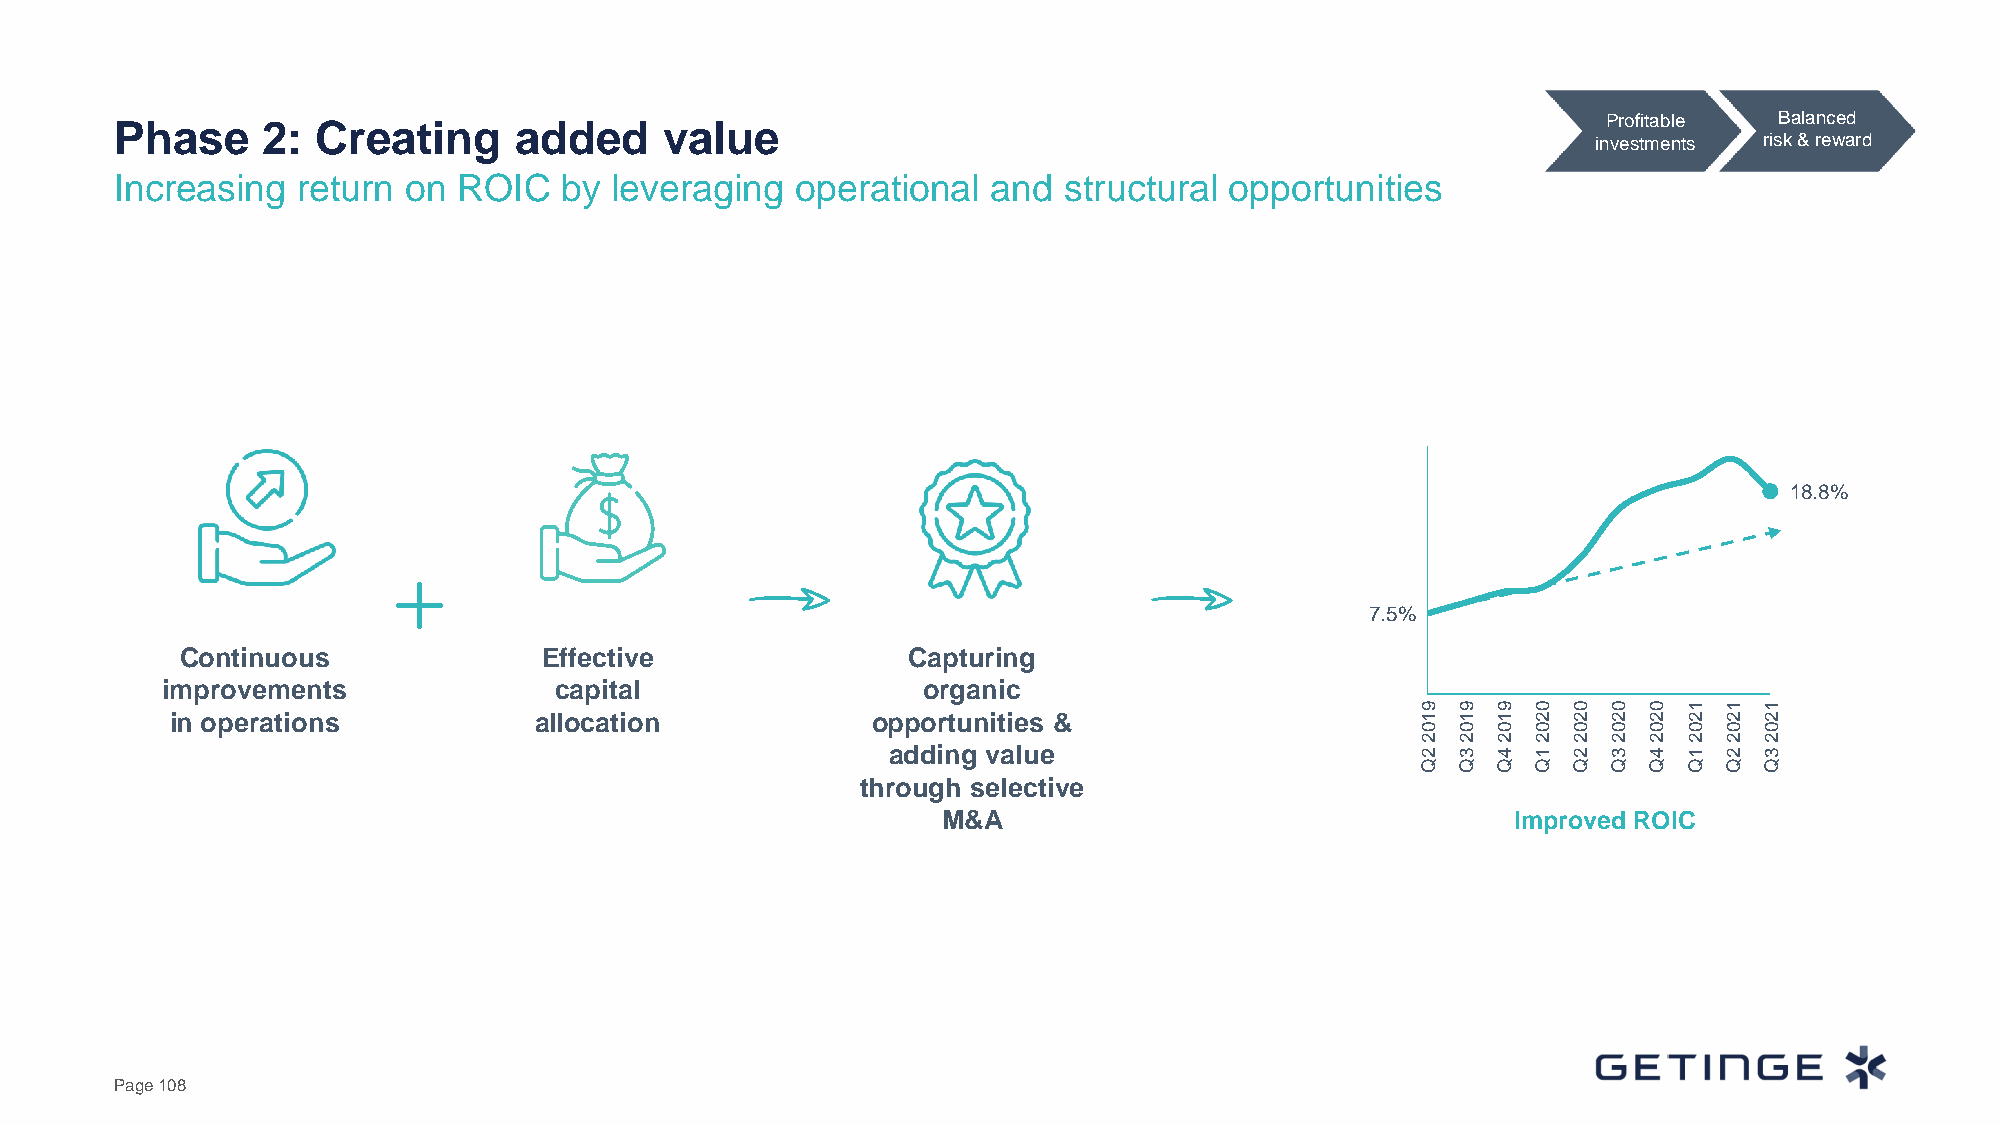
Phase    2:  Creating     added     value                                                         Profitable  Balanced
 investments risk & reward
 Increasing  return on ROIC   by  leveraging  operational  and structural opportunities
 18.8%
 7.5%
 Continuous              Effective               Capturing
 improvements              capital                 organic
 9 9  9  0 0  0 0  1 1  1
 in operations           allocation             opportunities &                     1 1  1  2 2  2 2  2 2  2
 0 0  0  0 0  0 0  0 0  0
 2 2  2  2 2  2 2  2 2  2
 adding value                       2 3  4  1 2  3 4  1 2  3
 Q Q  Q  Q Q  Q Q  Q Q  Q
 through selective
 M&A                                   Improved ROIC
 Page 108